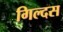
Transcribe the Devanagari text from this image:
गिल्दस